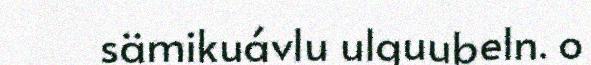
sämikuávlu ulguubeln. o